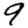
Digit: 9